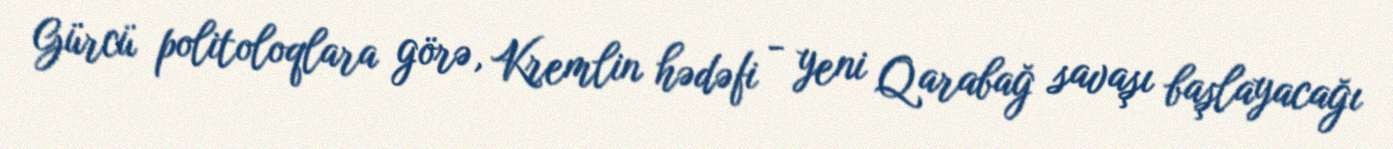
Gürcü politoloqlara görə, Kremlin hədəfi - yeni Qarabağ savaşı başlayacağı